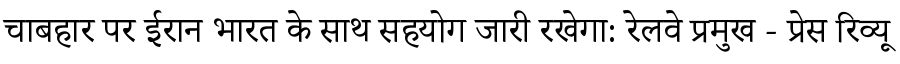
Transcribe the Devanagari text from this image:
चाबहार पर ईरान भारत के साथ सहयोग जारी रखेगा: रेलवे प्रमुख - प्रेस रिव्यू